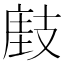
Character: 𢻘